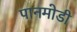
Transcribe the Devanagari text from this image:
पानमोडी